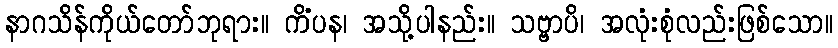
နာဂသိန်ကိုယ်တော်ဘုရား။ ကိံပန၊ အသို့ပါနည်း။ သဗ္ဗာပိ၊ အလုံးစုံလည်းဖြစ်သော။